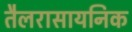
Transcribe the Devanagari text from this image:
तैलरासायनिक